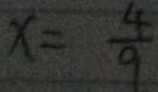
x = \frac { 4 } { 9 }